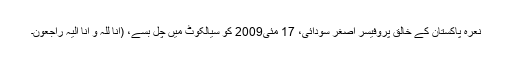
نعرۂ پاکستان کے خالق پروفیسر اصغر سودائی، 17 مئی2009 کو سیالکوٹ میں چل بسے، (انا للہ و انا الیہ راجعون۔